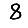
Digit: 8